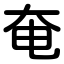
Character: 奄